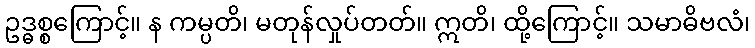
ဥဒ္ဓစ္စကြောင့်။ န ကမ္ပတိ၊ မတုန်လှုပ်တတ်။ ဣတိ၊ ထို့ကြောင့်။ သမာဓိဗလံ၊